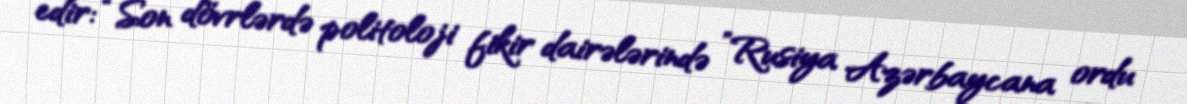
edir: “Son dövrlərdə politoloji fikir dairələrində ”Rusiya Azərbaycana ordu